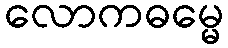
လောကဓမ္မေ